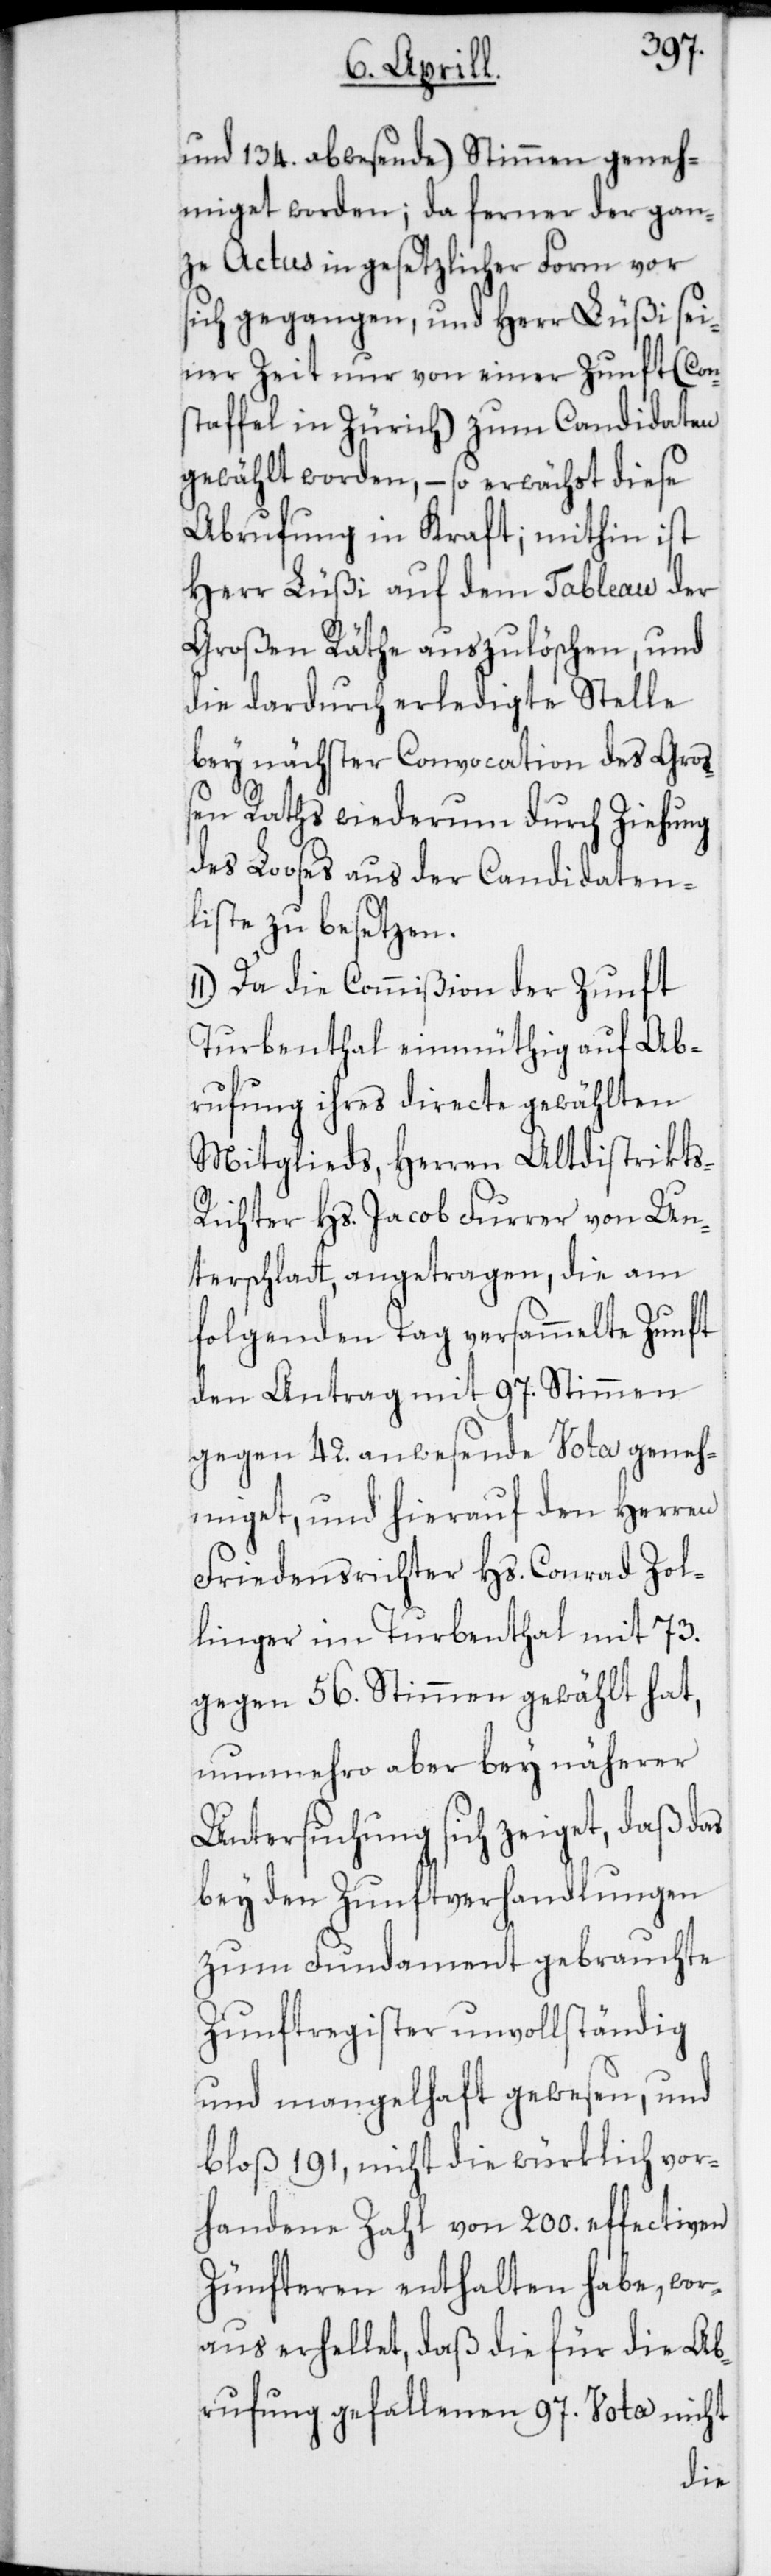
und 134. abwesende) Stimmen geneh¬
miget worden; da ferner der gan¬
ze Actus in gesetzlicher Form vor
sich gegangen, und Herr Lüßi sei¬
ner Zeit nur von einer Zunft (Con¬
staffel in Zürich) zum Candidaten
gewählt worden, – so erwächst diese
Abrufung in Kraft; mithin ist
Herr Lüßi auf dem Tableau der
Großen Räthe auszulöschen, und
die dardurch erledigte Stelle
bey nächster Convocation des Groß¬
en Raths wiederum durch Ziehung
des Looses aus der Candidaten¬
liste zu besetzen.
Da die Commißion der Zunft
Turbenthal einmüthig auf Ab¬
rufung ihres directe gewählten
Mitglieds, Herren Altdistrikt¬
s-Richter Hs. Jacob Furrer von Un¬
terschlat, angetragen, die am
folgenden Tag versammelte Zunft
den Antrag mit 97. Stimmen
gegen 42. anwesende Vota geneh¬
miget, und hierauf den Herren
Friedensrichter Hs. Conrad Zol¬
linger im Turbenthal mit 73.
gegen 56. Stimmen gewählt hat,
nunmehro aber bey näherer
Untersuchung sich zeiget, daß das
bey den Zunftverhandlungen
zum Fundament gebrauchte
Zunftregister unvollständig
und mangelhaft gewesen, und
bloß 191, nicht die würklich vor¬
handene Zahl von 200. effectiven
Zünfteren enthalten habe, wor¬
aus erhellet, daß die für die Ab¬
rufung gefallenen 97. Vota nicht